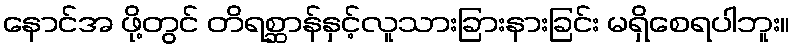
နောင်အ ဖို့တွင် တိရစ္ဆာန်နှင့်လူသားခြားနားခြင်း မရှိစေရပါဘူး။